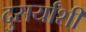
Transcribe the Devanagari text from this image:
दुसर्यांशी